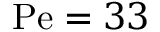
\mathrm { P e } = 3 3